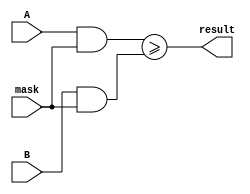
module masked_comparator (
    input [7:0] A,
    input [7:0] B,
    input [7:0] mask,
    output reg result
);

always @(*) begin
    result = (A & mask) >= (B & mask);
end

endmodule